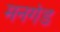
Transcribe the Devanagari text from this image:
मनगंड